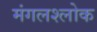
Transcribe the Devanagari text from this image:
मंगलश्लोक